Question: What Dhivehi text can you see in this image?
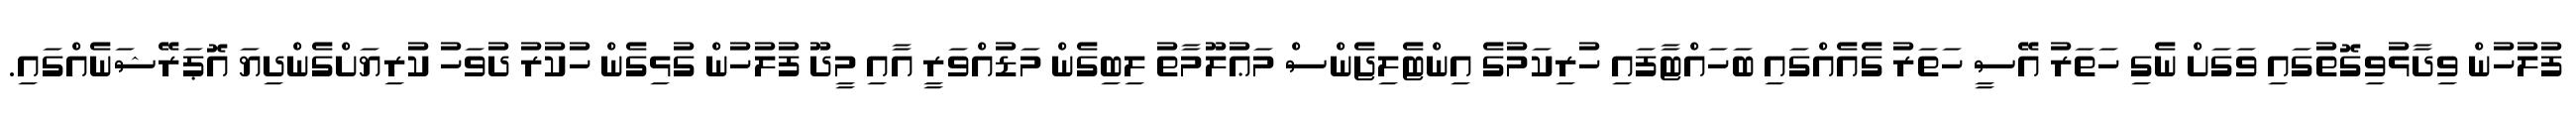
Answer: ފުލުހުން ވިދާޅުވިގޮތުގައި ވަގަށް ނެގި ހަތަރު އޭސީ ހަތަރު ގެއެއްގައި ބަހައްޓާފައި ހުރިކަމުގެ އިންޓެލިޖެންސް މަޢުލޫމާތު ލިބިގެން މަޑުއްވަރީ އާއި މީދޫ ފުލުހުން ގުޅިގެން ހުކުރު ދުވަހު ކުރިޔަށްގެންދިޔަ އޮޕަރޭޝަނެއްގައި.